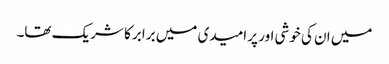
میں ان کی خوشی اور پر امیدی میں برابر کا شریک تھا۔